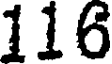
116